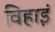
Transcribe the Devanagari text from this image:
विहाइं